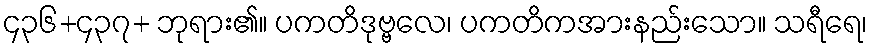
၄၃၆+၄၃၇+ ဘုရား၏။ ပကတိဒုဗ္ဗလေ၊ ပကတိကအားနည်းသော။ သရီရေ၊